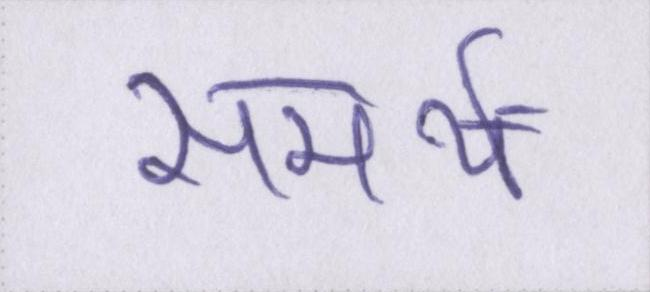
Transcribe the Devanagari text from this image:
समर्थ